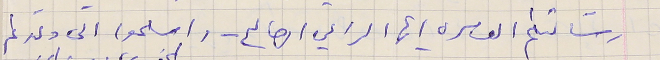
رسَالتكم العامره ايها الراعي الصالح - واسلموا الى ولدكم